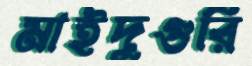
মাইদুগুরি